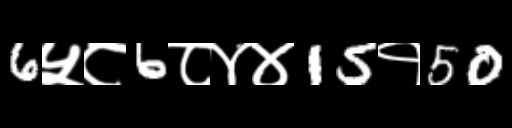
Text: 6५८6८४४15१50